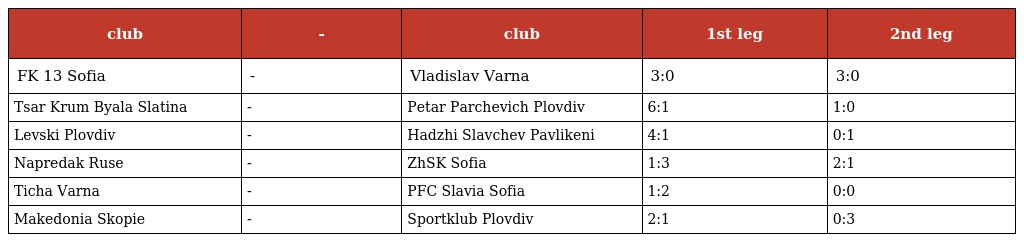
| club | - | club | 1st leg | 2nd leg |
 | --- | --- | --- | --- | --- |
 | FK 13 Sofia | - | Vladislav Varna | 3:0 | 3:0 |
 | Tsar Krum Byala Slatina | - | Petar Parchevich Plovdiv | 6:1 | 1:0 |
 | Levski Plovdiv | - | Hadzhi Slavchev Pavlikeni | 4:1 | 0:1 |
 | Napredak Ruse | - | ZhSK Sofia | 1:3 | 2:1 |
 | Ticha Varna | - | PFC Slavia Sofia | 1:2 | 0:0 |
 | Makedonia Skopie | - | Sportklub Plovdiv | 2:1 | 0:3 |